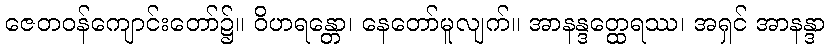
ဇေတဝန်ကျောင်းတော်၌။ ဝိဟရန္တော၊ နေတော်မူလျက်။ အာနန္ဒတ္ထေရဿ၊ အရှင် အာနန္ဒာ